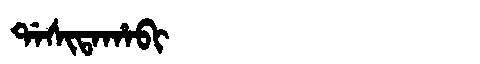
Manchu: ᡩᠠᠰᡳᡨᠠᡥᠠᠪᡳ
Romanization: DASITAHABI